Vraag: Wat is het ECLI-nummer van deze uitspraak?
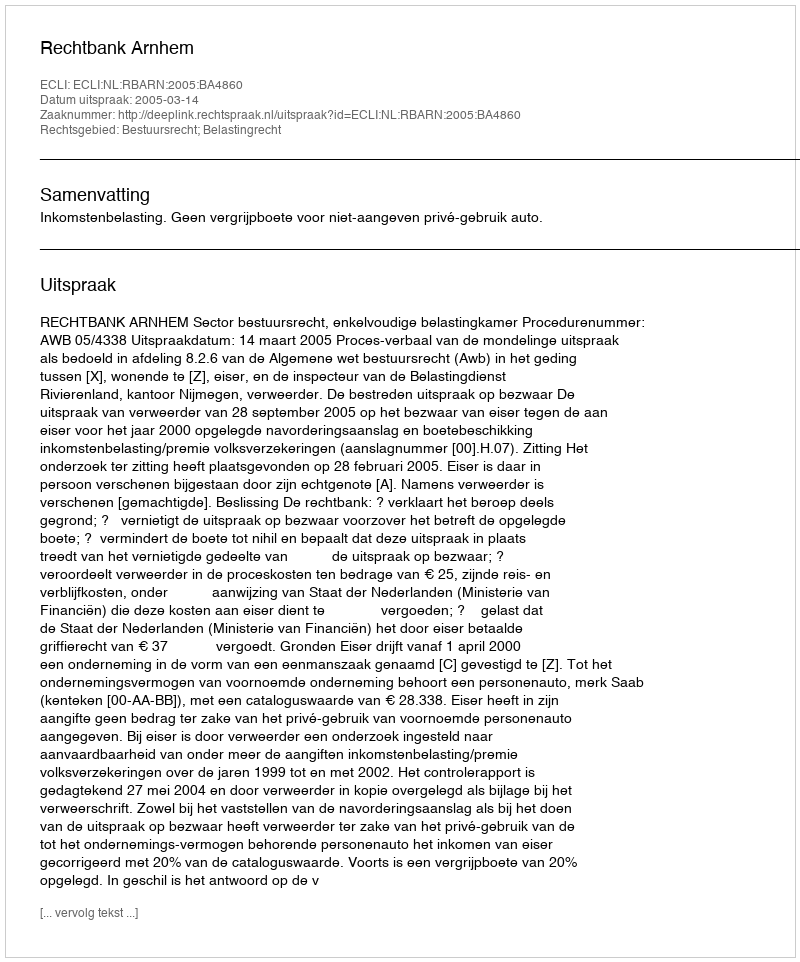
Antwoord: ECLI:NL:RBARN:2005:BA4860